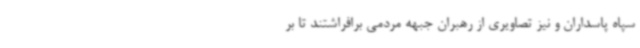
سپاه پاسداران و نیز تصاویری از رهبران جبهه مردمی برافراشتند تا بر